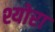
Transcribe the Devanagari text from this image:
श्योरा